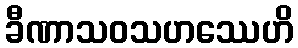
ခီဏာသဝသဟဿေဟိ